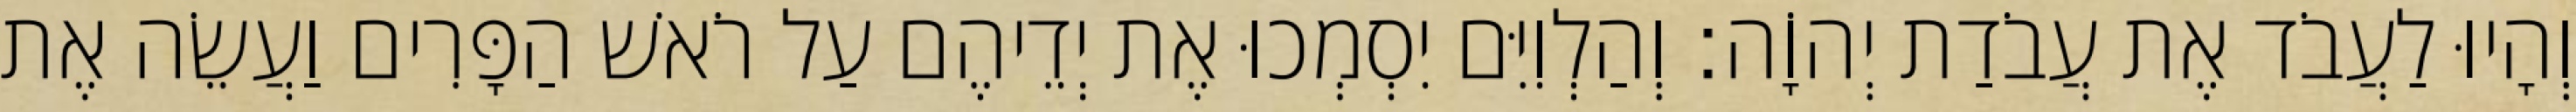
וְהָיוּ לַעֲבֹד אֶת עֲבֹדַת יְהוָֹה׃ וְהַלְוִיִּם יִסְמְכוּ אֶת יְדֵיהֶם עַל רֹאשׁ הַפָּרִים וַעֲשֵׂה אֶת